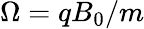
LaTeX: \Omega=qB_{0}/m